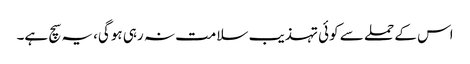
اس کے حملے سے کوئی تہذیب سلامت نہ رہی ہوگی، یہ سچ ہے۔